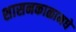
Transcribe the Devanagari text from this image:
शासनकाळामधे